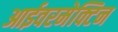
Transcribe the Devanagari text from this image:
आईवरमेक्टिन